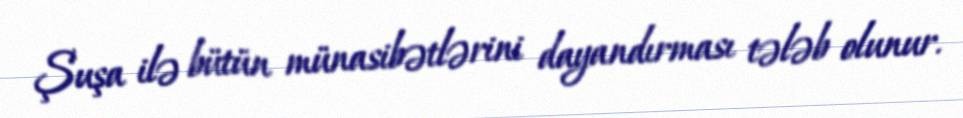
Şuşa ilə bütün münasibətlərini dayandırması tələb olunur.